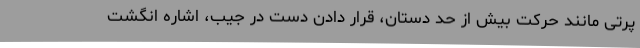
پرتی مانند حرکت بیش از حد دستان، قرار دادن دست در جیب، اشاره انگشت